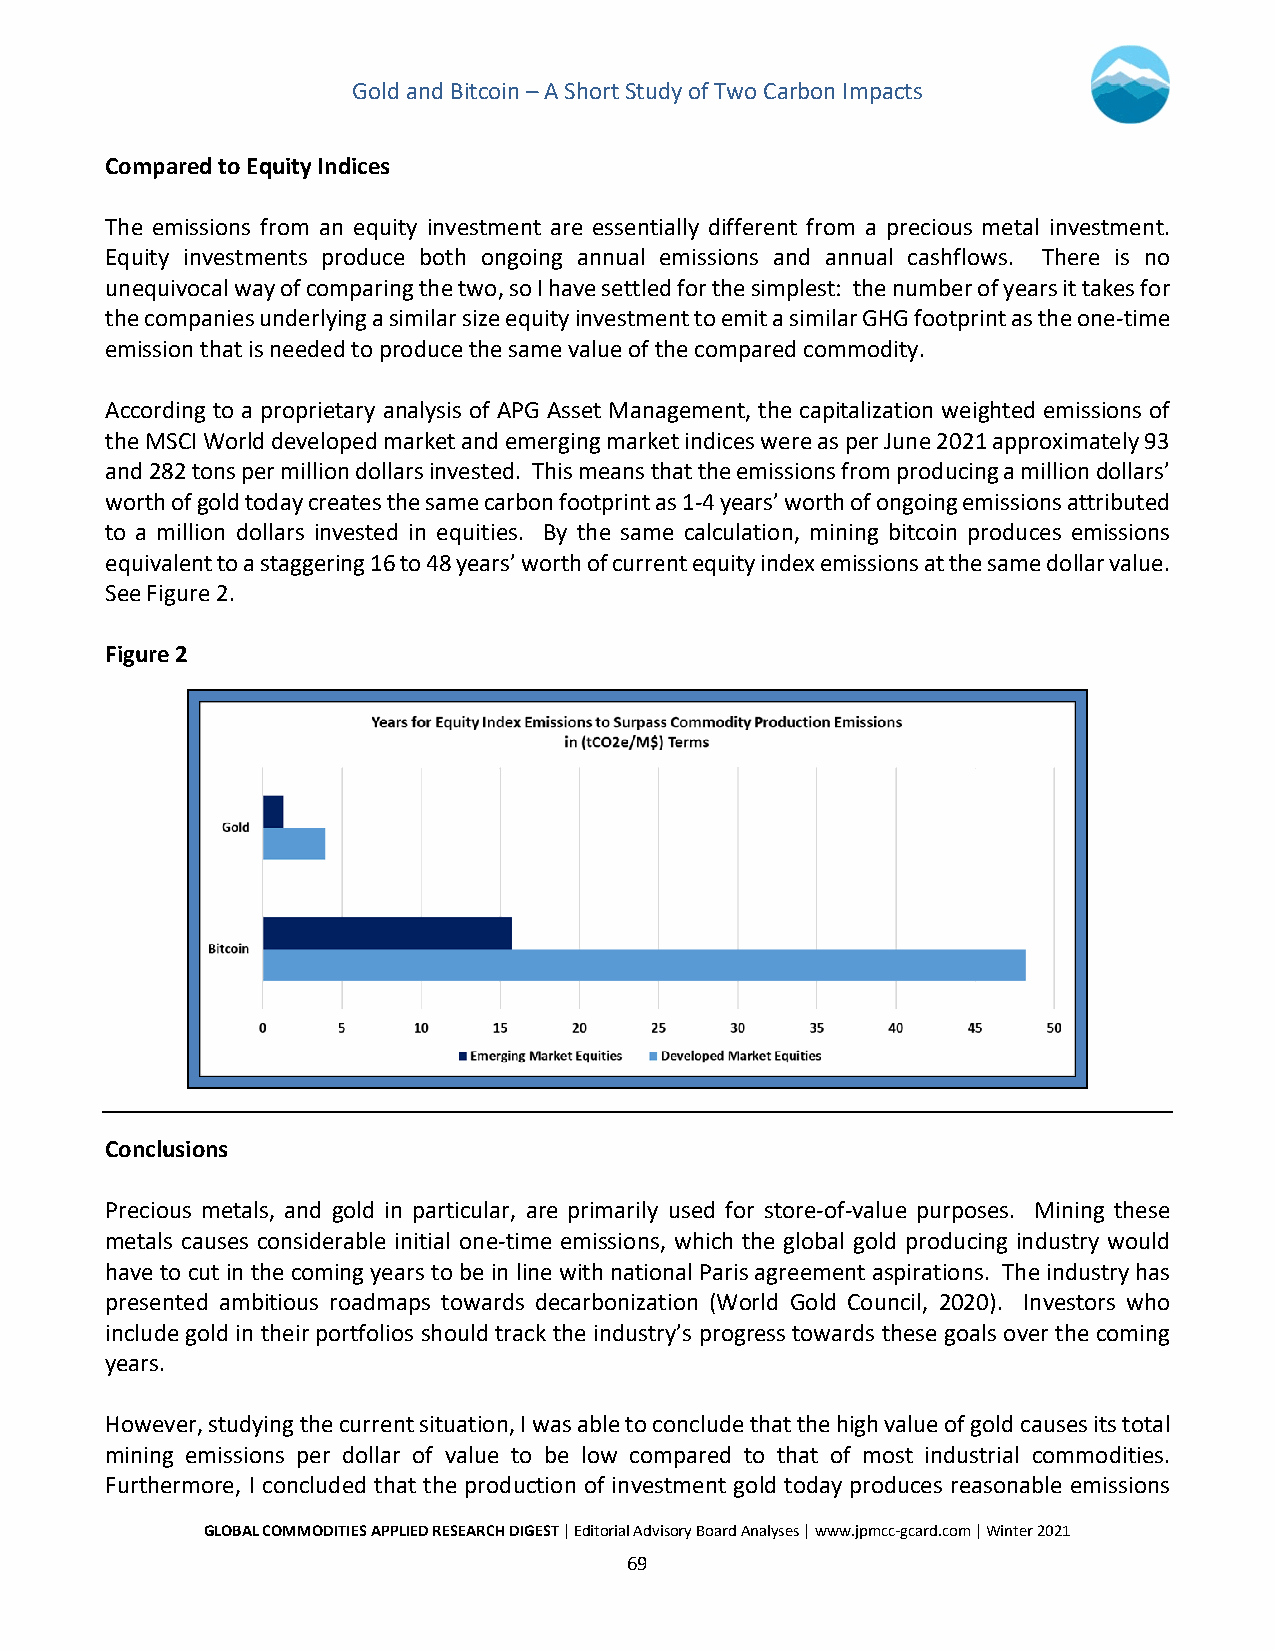
Gold and Bitcoin – A Short Study of Two Carbon Impacts
 Compared to Equity Indices
 The emissions from an equity investment are essentially different from a precious metal investment.
 Equity investments produce both ongoing annual emissions and annual cashflows. There is no
 unequivocal way of comparing the two, so I have settled for the simplest: the number of years it takes for
 the companies underlying a similar size equity investment to emit a similar GHG footprint as the one-time
 emission that is needed to produce the same value of the compared commodity.
 According to a proprietary analysis of APG Asset Management, the capitalization weighted emissions of
 the MSCI World developed market and emerging market indices were as per June 2021 approximately 93
 and 282 tons per million dollars invested. This means that the emissions from producing a million dollars’
 worth of gold today creates the same carbon footprint as 1-4 years’ worth of ongoing emissions attributed
 to a million dollars invested in equities. By the same calculation, mining bitcoin produces emissions
 equivalent to a staggering 16 to 48 years’ worth of current equity index emissions at the same dollar value.
 See Figure 2.
 Figure 2
 Conclusions
 Precious metals, and gold in particular, are primarily used for store-of-value purposes. Mining these
 metals causes considerable initial one-time emissions, which the global gold producing industry would
 have to cut in the coming years to be in line with national Paris agreement aspirations. The industry has
 presented ambitious roadmaps towards decarbonization (World Gold Council, 2020). Investors who
 include gold in their portfolios should track the industry’s progress towards these goals over the coming
 years.
 However, studying the current situation, I was able to conclude that the high value of gold causes its total
 mining emissions per dollar of value to be low compared to that of most industrial commodities.
 Furthermore, I concluded that the production of investment gold today produces reasonable emissions
 GLOBAL COMMODITIES APPLIED RESEARCH DIGEST | Editorial Advisory Board Analyses | www.jpmcc-gcard.com | Winter 2021
 69